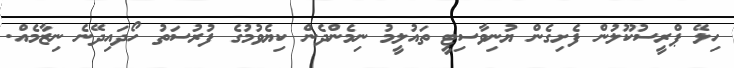
ހިލޭ ޕްރީސުކޫލުން ފެށިގެން ޔުނިވާސިޓީ ތައުލީމު ނިމެންދެން ކިޔެވުމުގެ ފުރުސަތު ހޯދައިދޭނެ ނިޒާމެއް.